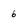
Character: 6